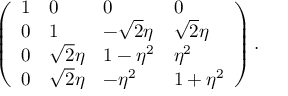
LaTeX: \left( \begin{array} { l l l l } { { 1 } } & { { 0 } } & { { 0 } } & { { 0 } } \\ { { 0 } } & { { 1 } } & { { - \sqrt { 2 } \eta } } & { { \sqrt { 2 } \eta } } \\ { { 0 } } & { { \sqrt { 2 } \eta } } & { { 1 - \eta ^ { 2 } } } & { { \eta ^ { 2 } } } \\ { { 0 } } & { { \sqrt { 2 } \eta } } & { { - \eta ^ { 2 } } } & { { 1 + \eta ^ { 2 } } } \end{array} \right) .